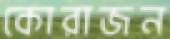
কোরাজন